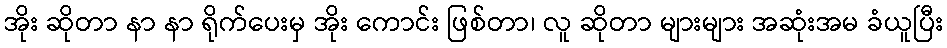
အိုး ဆိုတာ နာ နာ ရိုက်ပေးမှ အိုး ကောင်း ဖြစ်တာ၊ လူ ဆိုတာ များများ အဆုံးအမ ခံယူပြီး